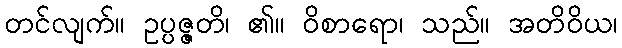
တင်လျက်။ ဥပ္ပဇ္ဇတိ၊ ၏။ ဝိစာရော၊ သည်။ အတိဝိယ၊